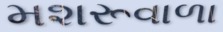
મશરૂવાળા